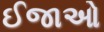
ઈજાઓ